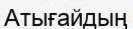
Атығайдың